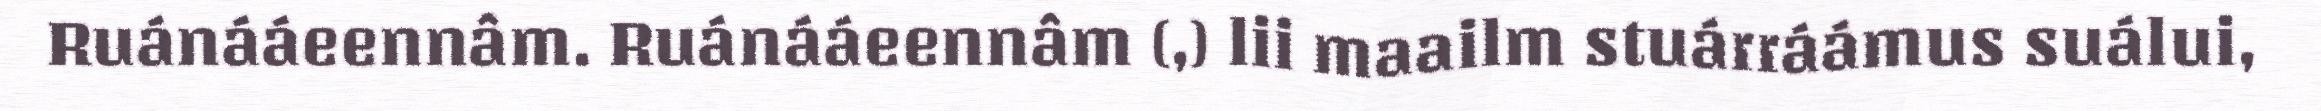
Ruánááeennâm. Ruánááeennâm (,) lii maailm stuárráámus suálui,